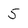
Character: 5